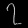
Digit: ၇